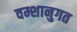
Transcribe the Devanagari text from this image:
वम्शानुगत